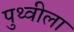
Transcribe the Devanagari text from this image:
पुथ्वीला